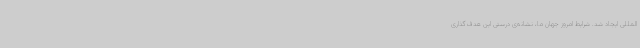
المللی ایجاد شد. شرایط امروز جهان ما، نشانه‌ی درستی این هدف‌گذاری